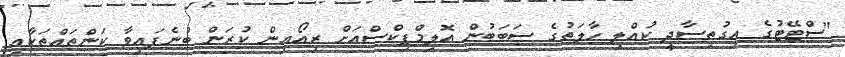
"ސްޓޭޓުގެ އިގުތިސާދީ ކުއްލި ހާލަތުގެ ސަބަބުން އޮލިމްޕިކްސްއަށް ރިއޯއިން ކުރަން ބުނެފައިވާ ކަންތައްތަކާއި